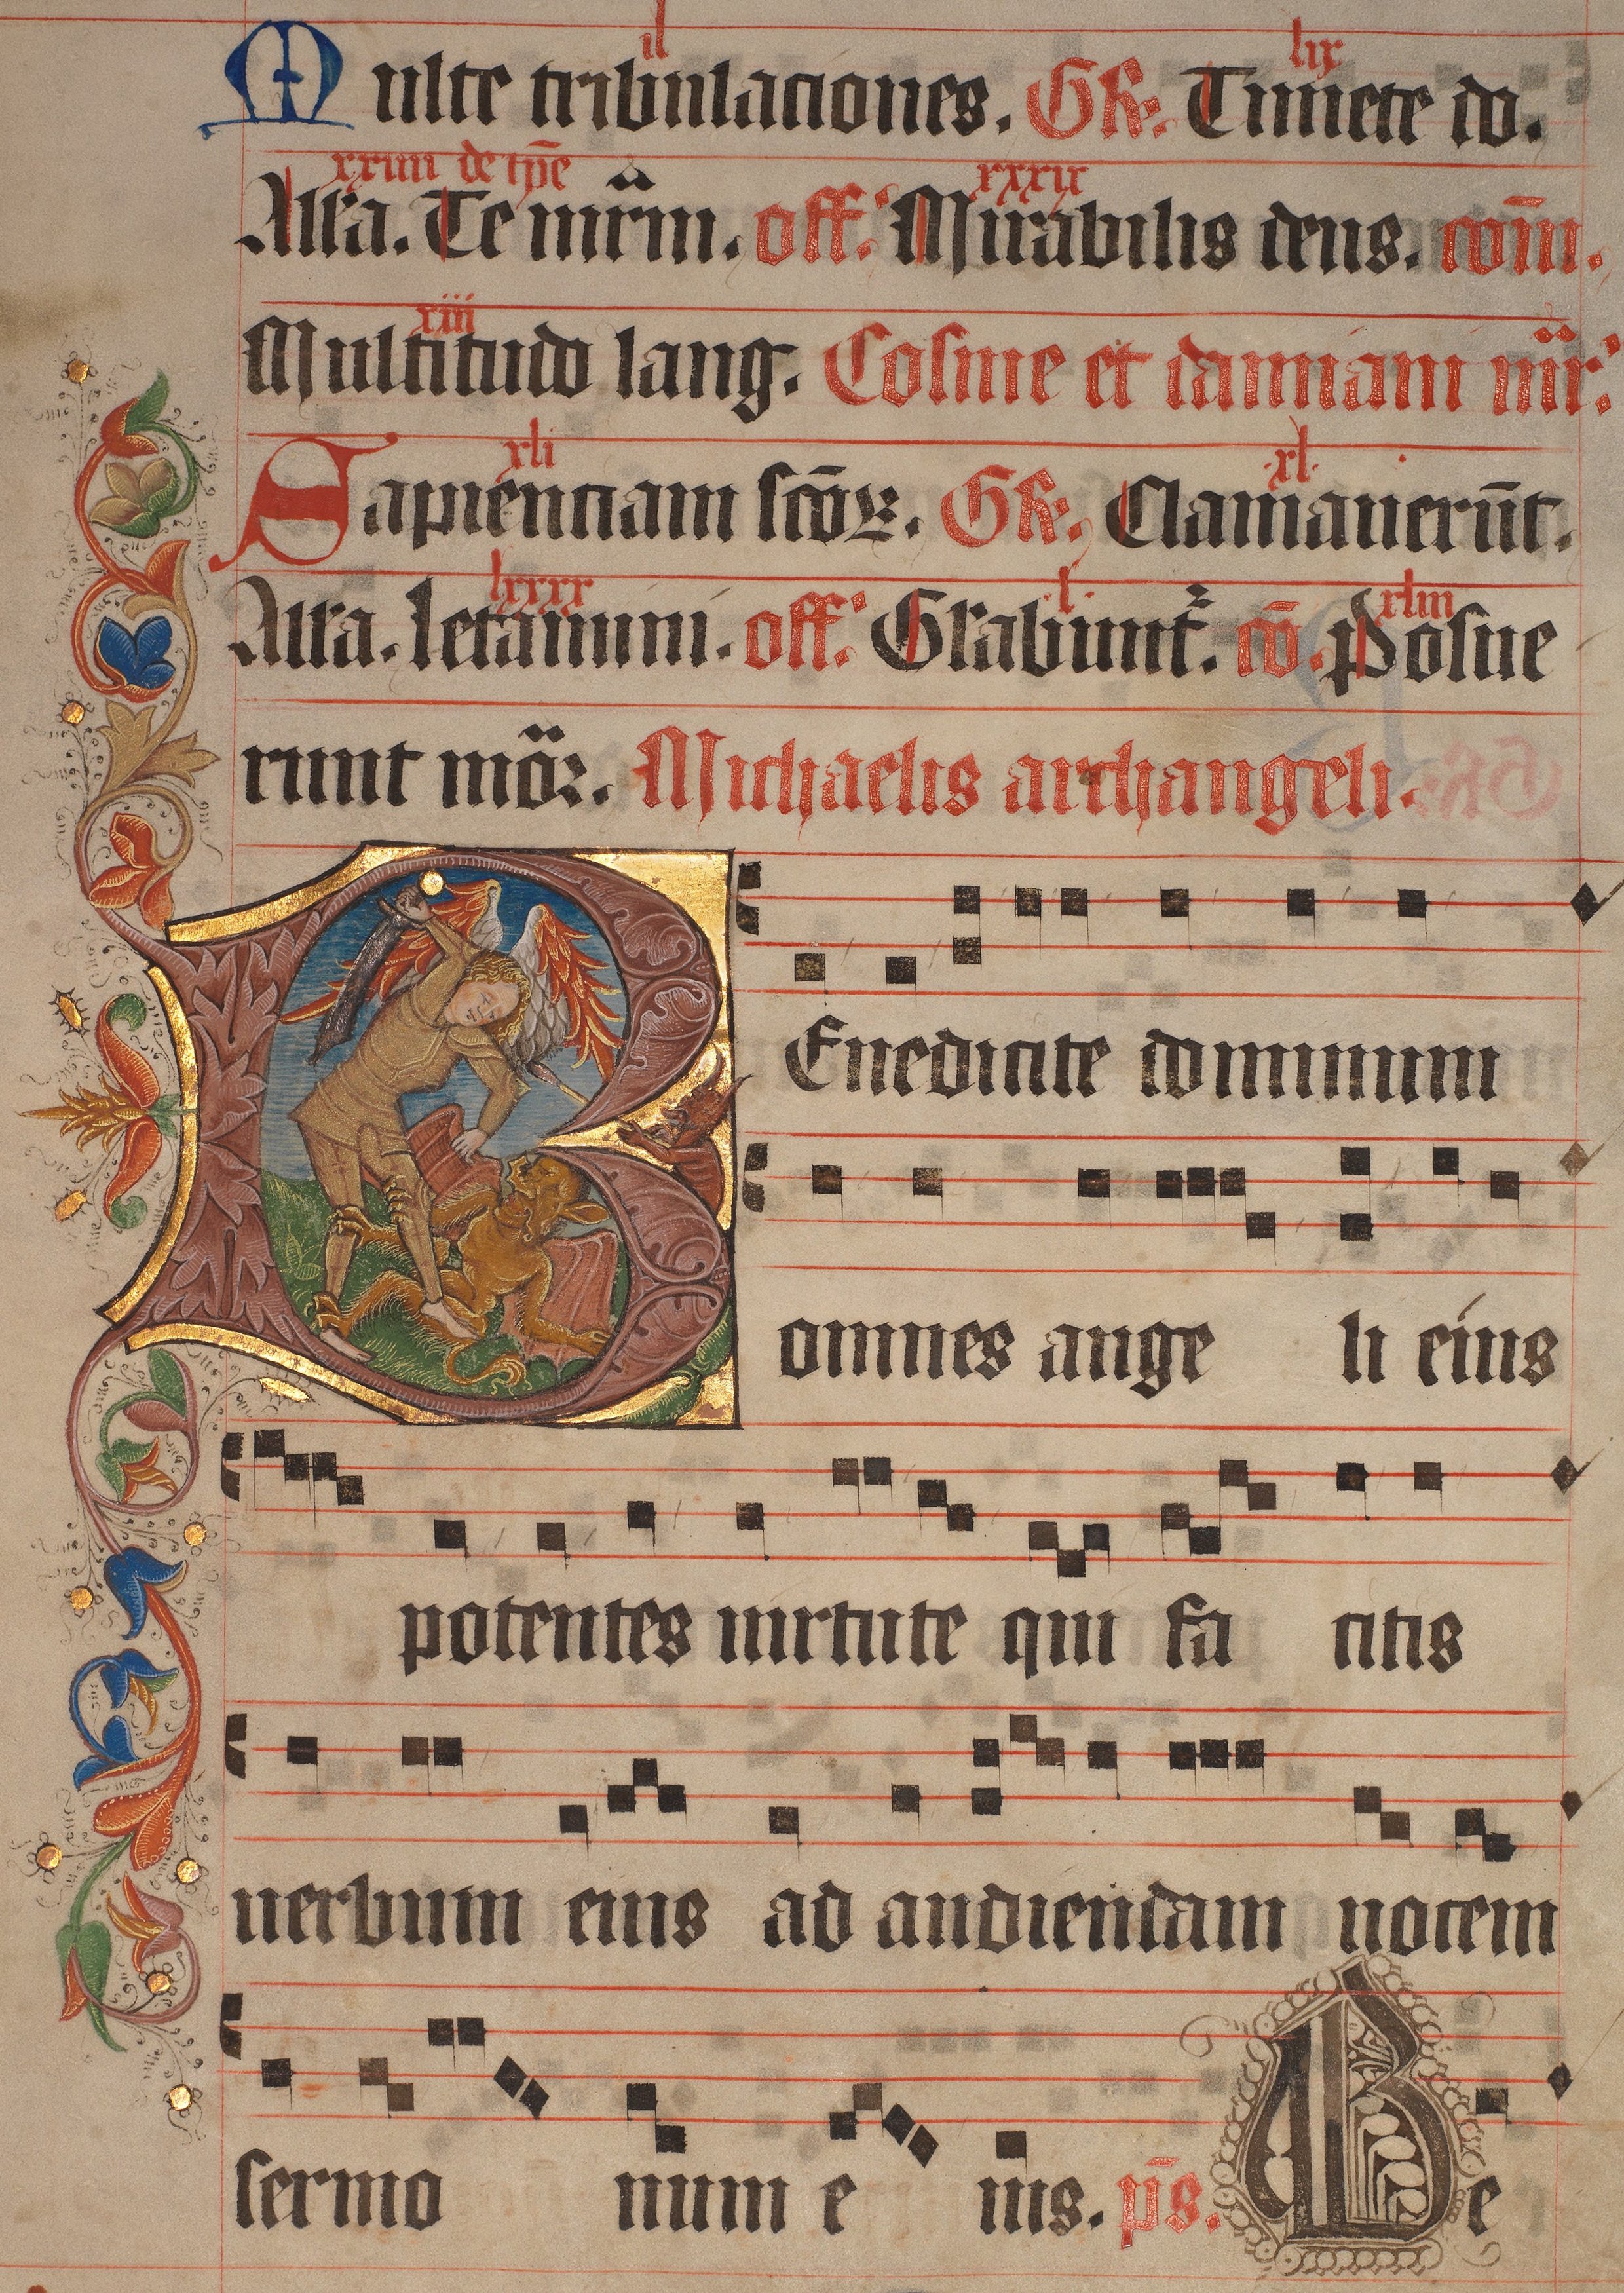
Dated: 1445–1475